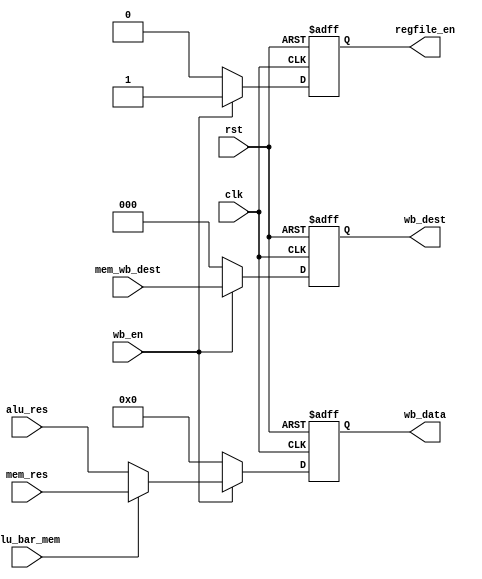
module WB_stage
(
	input	clk,
	input	rst,
	input 	[15:0]alu_res,
	input 	[15:0]mem_res,
	input 	[2:0] mem_wb_dest,
	input 	alu_bar_mem,
	input	wb_en,
	output 	reg [2:0] wb_dest,
	output  reg [15:0]wb_data,
	output 	reg regfile_en
);
always @(posedge clk or posedge rst) begin
	if (rst) begin
		{wb_data,wb_dest,regfile_en} <= 0;
	end
	else begin
		{wb_data,wb_dest,regfile_en} <= 0;
		if (wb_en == 1) begin
			wb_dest <= mem_wb_dest;
			regfile_en <= wb_en;
			if (alu_bar_mem == 0)begin
				wb_data <= alu_res;
			end
			else begin
				wb_data <= mem_res;
			end
		end
	end
end
endmodule